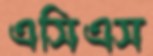
এসিএস